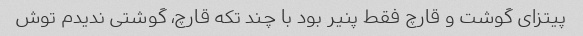
پیتزای گوشت و قارچ فقط پنیر بود با چند تکه قارچ، گوشتی ندیدم توش